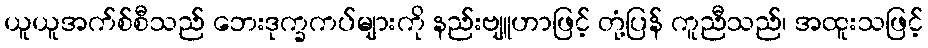
ယူယူအက်စ်စီသည် ဘေးဒုက္ခကပ်များကို နည်းဗျူဟာဖြင့် တုံ့ပြန် ကူညီသည်၊ အထူးသဖြင့်